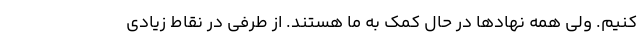
کنیم. ولی همه نهادها در حال کمک به ما هستند. از طرفی در نقاط زیادی